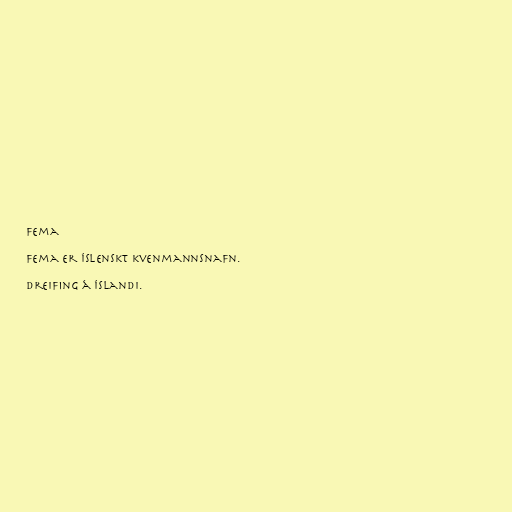
Fema

Fema er íslenskt kvenmannsnafn.

Dreifing á Íslandi.